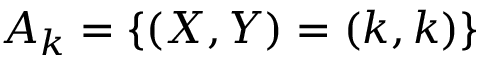
A _ { k } = \{ ( X , Y ) = ( k , k ) \}